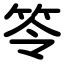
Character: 笭